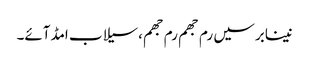
نینابرسیں رم جھم رم جھم،سیلاب امڈآئے۔